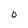
Character: 0